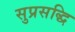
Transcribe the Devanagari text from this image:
सुप्रसद्धि